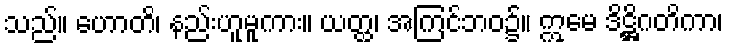
သည်။ ဟောတိ၊ နည်းဟူမူကား။ ယတ္ထ၊ အကြင်ဘဝ၌။ ဣမေ ဒိဋ္ဌိဂတိကာ၊